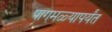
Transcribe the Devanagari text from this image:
पागमळ्यापर्यंत